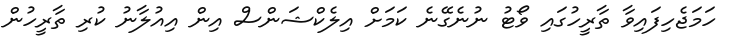
ހަމަޖެހިފައިވާ ތާރީހުގައި ވޯޓު ނުނެގޭނެ ކަމަށް އިލެކްޝަންސް އިން އިއުލާނު ކުރި ތާރީހުން